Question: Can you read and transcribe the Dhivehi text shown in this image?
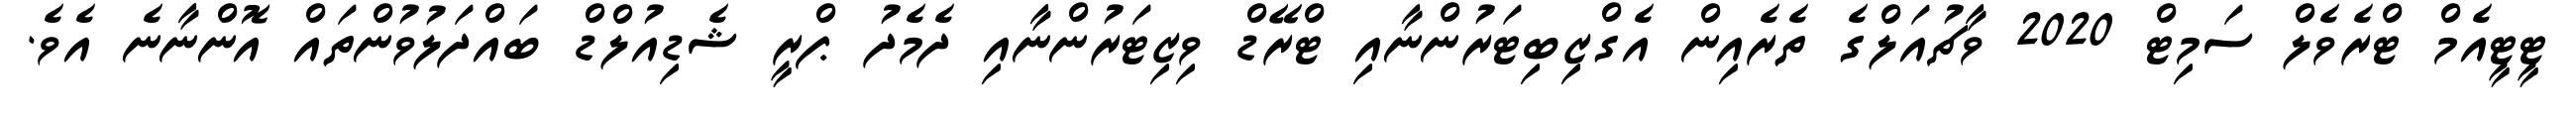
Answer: ޓީޓީއެމް ޓްރެވެލް ސަމިޓް 2020 ވާޗުއަލްގެ ތެރެއިން އެގްޒިބިޓަރުންނާއި ޓްރޭޑް ވިޒިޓަރުންނާއި ދެމެދު ޕްރީ ޝެޑިއުލްޑް ބައްދަލުވުންތައް އޮންނާނެ އެވެ.